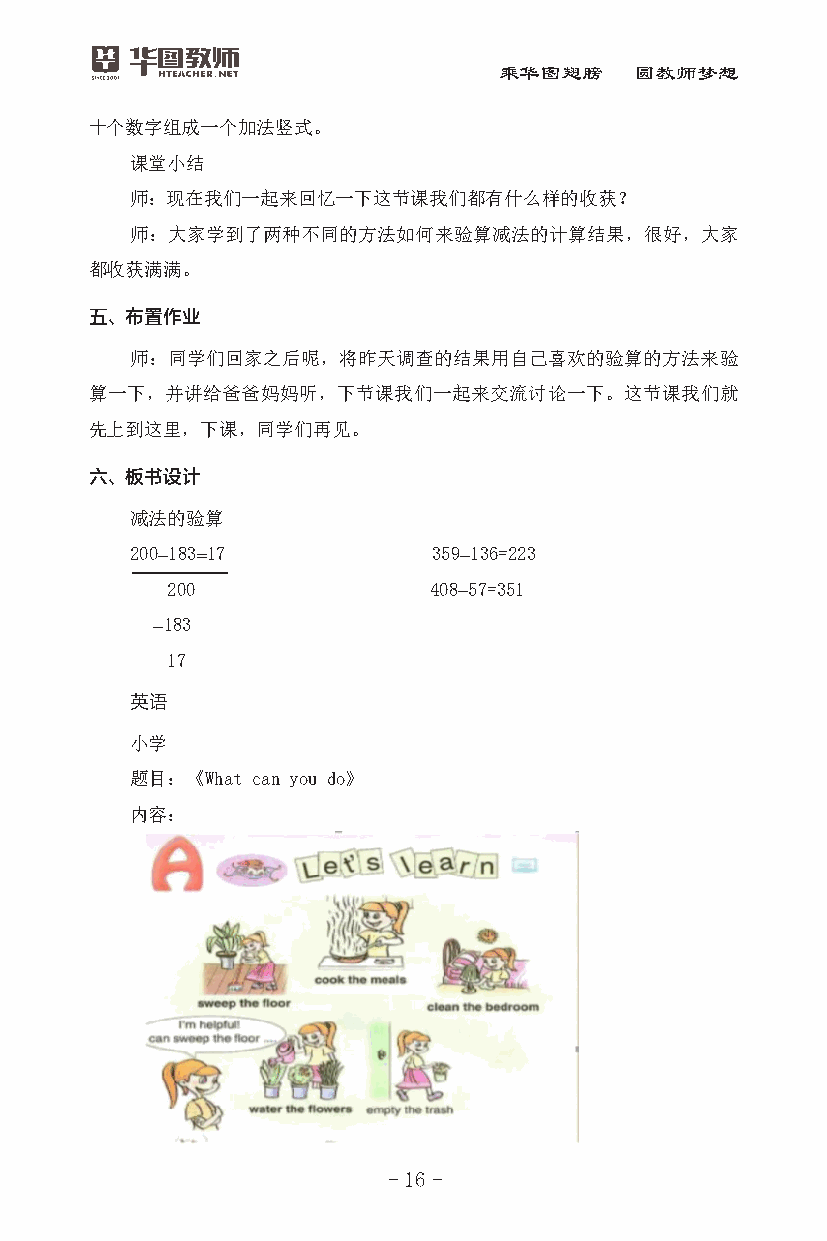
乘华图翅膀    圆教师梦想
 十个数字组成一个加法竖式。
 课堂小结
 师：现在我们一起来回忆一下这节课我们都有什么样的收获？
 师：大家学到了两种不同的方法如何来验算减法的计算结果，很好，大家
 都收获满满。
 五、布置作业
 师：同学们回家之后呢，将昨天调查的结果用自己喜欢的验算的方法来验
 算一下，并讲给爸爸妈妈听，下节课我们一起来交流讨论一下。这节课我们就
 先上到这里，下课，同学们再见。
 六、板书设计
 减法的验算
 200-183=17          359-136=223
 200              408-57=351
 -183
 17
 英语
 小学
 题目：《What can you do》
 内容：
 - 16 -